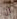
ان